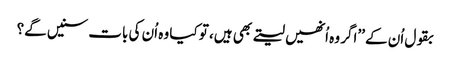
بقول اُن کے ’’اگر وہ اُنھیں لیتے بھی ہیں، تو کیا وہ اُن کی بات سنیں گے؟